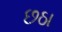
છઠા